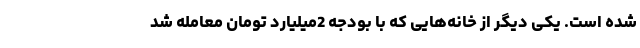
شده است. یکی دیگر از خانه‌هایی که با بودجه 2میلیارد تومان معامله شد